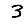
Digit: 3